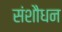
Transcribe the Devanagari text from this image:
संशौधन